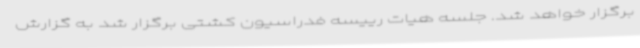
برگزار خواهد شد. جلسه هیات رییسه فدراسیون کشتی برگزار شد به گزارش